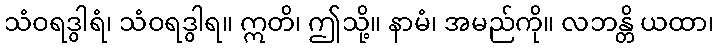
သံဝရဒွါရံ၊ သံဝရဒွါရ။ ဣတိ၊ ဤသို့။ နာမံ၊ အမည်ကို။ လဘန္တိ ယထာ၊